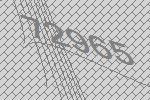
72965